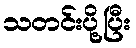
သတင်းပို့ပြီး